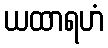
ယထာရဟံ